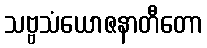
သဗ္ဗသံယောဇနာတီတော